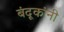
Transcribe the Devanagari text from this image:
बंदूकांनी